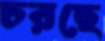
চরছে